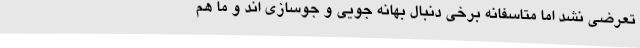
تعرضی نشد اما متاسفانه برخی دنبال بهانه جویی و جوسازی اند و ما هم